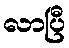
လာပြီ